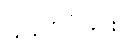
လွှင့်တင်ခြင်း